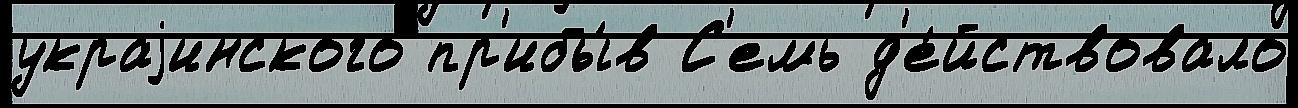
украjинского пр'ибы́в С'емь д'е́йствовало